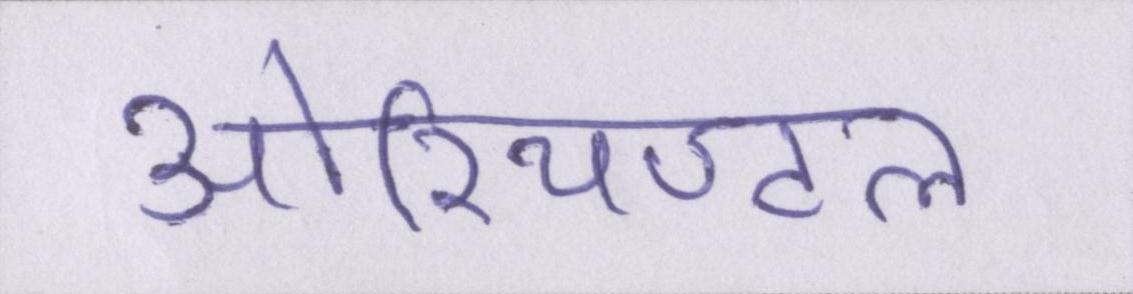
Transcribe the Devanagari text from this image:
ओरियण्टल